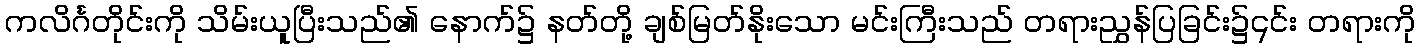
ကလိင်္ဂတိုင်းကို သိမ်းယူပြီးသည်၏ နောက်၌ နတ်တို့ ချစ်မြတ်နိုးသော မင်းကြီးသည် တရားညွှန်ပြခြင်း၌၎င်း တရားကို